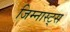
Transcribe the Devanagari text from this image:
जिम्नास्ट्स